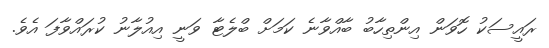
ރައީސަކު ހޮވަން އިންތިހާބު ބާއްވާނެ ކަމަށް ބްލެޓާ ވަނީ އިއުލާނު ކުރައްވާފަ އެވެ.